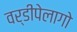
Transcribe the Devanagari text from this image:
वर्डीपेलागो